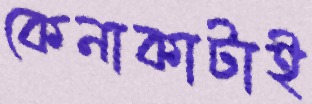
কেনাকাটাই